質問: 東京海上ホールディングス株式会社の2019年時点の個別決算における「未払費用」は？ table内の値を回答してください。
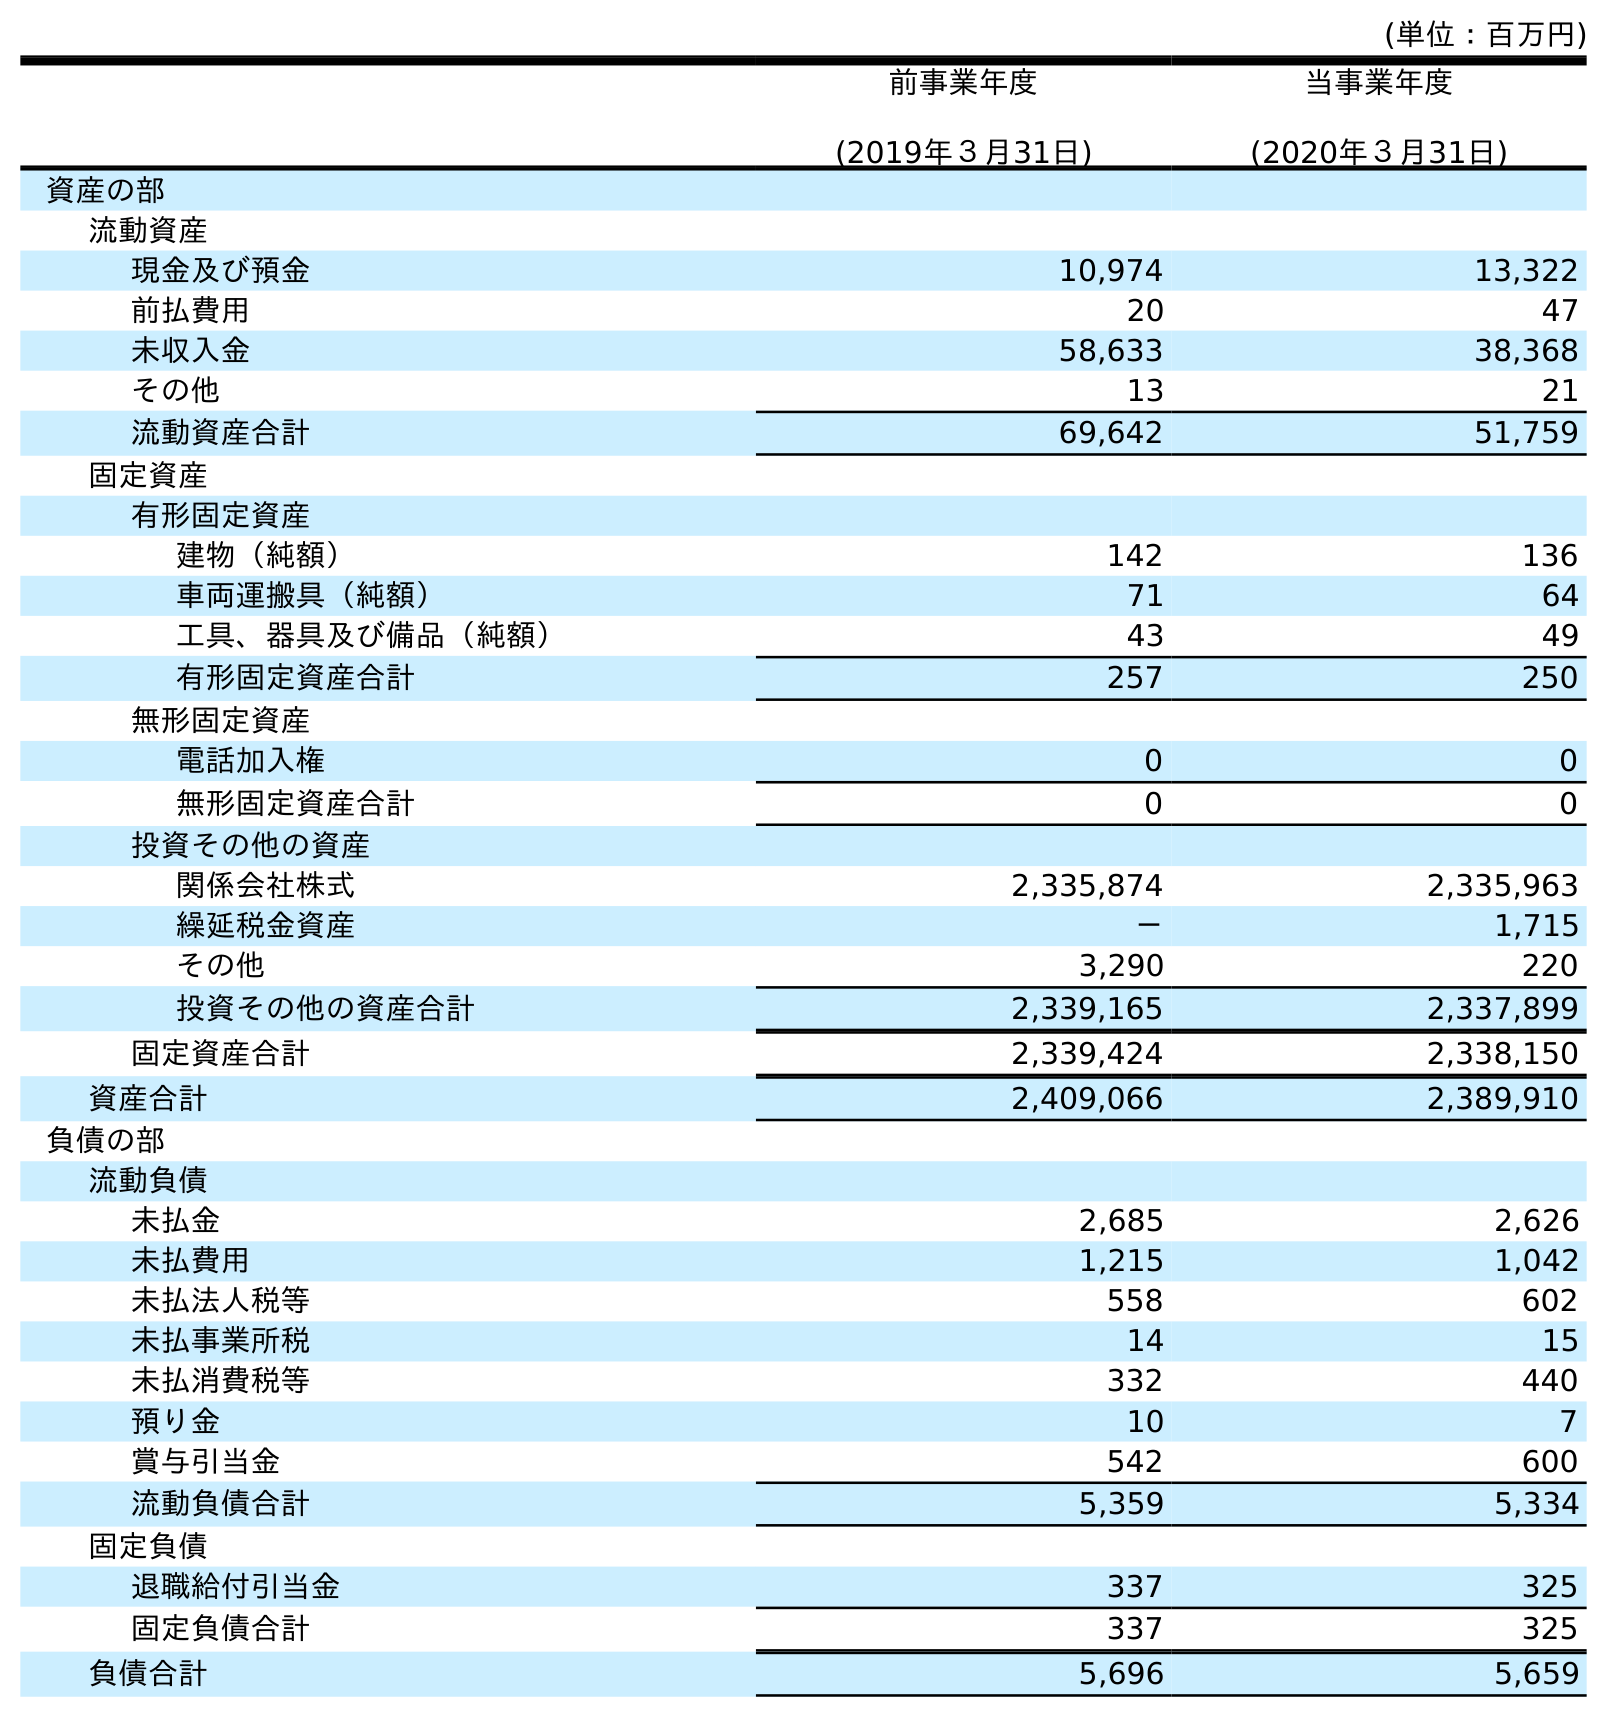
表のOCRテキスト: (単位：百万円) 前事業年度 (2019年３月31日) 当事業年度 (2020年３月31日) 資産の部 流動資産 現金及び預金 10,974 13,322 前払費用 20 47 未収入金 58,633 38,368 その他 13 21 流動資産合計 69,642 51,759 固定資産 有形固定資産 建物（純額） 142 136 車両運搬具（純額） 71 64 工具、器具及び備品（純額） 43 49 有形固定資産合計 257 250 無形固定資産 電話加入権 0 0 無形固定資産合計 0 0 投資その他の資産 関係会社株式 2,335,874 2,335,963 繰延税金資産 － 1,715 その他 3,290 220 投資その他の資産合計 2,339,165 2,337,899 固定資産合計 2,339,424 2,338,150 資産合計 2,409,066 2,389,910 負債の部 流動負債 未払金 2,685 2,626 未払費用 1,215 1,042 未払法人税等 558 602 未払事業所税 14 15 未払消費税等 332 440 預り金 10 7 賞与引当金 542 600 流動負債合計 5,359 5,334 固定負債 退職給付引当金 337 325 固定負債合計 337 325 負債合計 5,696 5,659
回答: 1,215